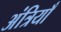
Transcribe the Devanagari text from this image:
अंत्रियाँ